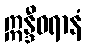
ဣန္ဒီဝရာနံ